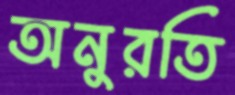
অনুরতি